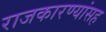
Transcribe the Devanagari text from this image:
राजकारण्यांसह